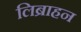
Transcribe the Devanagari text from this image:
लिब्राहन